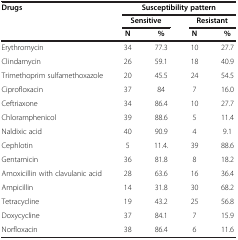
<table><thead><tr><td rowspan="3"><b>Drugs</b></td><td colspan="4"><b>Susceptibility pattern</b></td></tr><tr><td colspan="2"><b>Sensitive</b></td><td colspan="2"><b>Resistant</b></td></tr><tr><td><b>N</b></td><td><b>%</b></td><td><b>N</b></td><td><b>%</b></td></tr></thead><tbody><tr><td>Erythromycin</td><td>34</td><td>77.3</td><td>10</td><td>27.7</td></tr><tr><td>Clindamycin</td><td>26</td><td>59.1</td><td>18</td><td>40.9</td></tr><tr><td>Trimethoprim sulfamethoxazole</td><td>20</td><td>45.5</td><td>24</td><td>54.5</td></tr><tr><td>Ciprofloxacin</td><td>37</td><td>84</td><td>7</td><td>16.0</td></tr><tr><td>Ceftriaxone</td><td>34</td><td>86.4</td><td>10</td><td>27.7</td></tr><tr><td>Chloramphenicol</td><td>39</td><td>88.6</td><td>5</td><td>11.4</td></tr><tr><td>Naldixic acid</td><td>40</td><td>90.9</td><td>4</td><td>9.1</td></tr><tr><td>Cephlotin</td><td>5</td><td>11.4.</td><td>39</td><td>88.6</td></tr><tr><td>Gentamicin</td><td>36</td><td>81.8</td><td>8</td><td>18.2</td></tr><tr><td>Amoxicillin with clavulanic acid</td><td>28</td><td>63.6</td><td>16</td><td>36.4</td></tr><tr><td>Ampicillin</td><td>14</td><td>31.8</td><td>30</td><td>68.2</td></tr><tr><td>Tetracycline</td><td>19</td><td>43.2</td><td>25</td><td>56.8</td></tr><tr><td>Doxycycline</td><td>37</td><td>84.1</td><td>7</td><td>15.9</td></tr><tr><td>Norfloxacin</td><td>38</td><td>86.4</td><td>6</td><td>11.6</td></tr></tbody></table>